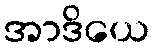
အာဒိယေ